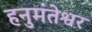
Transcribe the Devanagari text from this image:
हनुमंतेश्वर